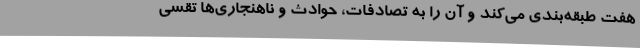
هفت طبقه‌بندی می‌کند و آن را به تصادفات، حوادث و ناهنجاری‌ها تقسی